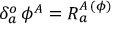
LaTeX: \delta _ { a } ^ { o } \, \phi ^ { A } = R _ { a } ^ { A \, ( \phi ) }